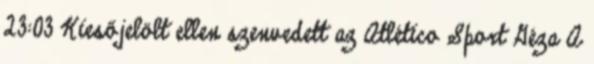
23:03 Kiesőjelölt ellen szenvedett az Atlético Sport Géza A